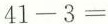
$$4 1 - 3 =$$